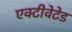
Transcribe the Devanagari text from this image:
एक्टीवेटेड